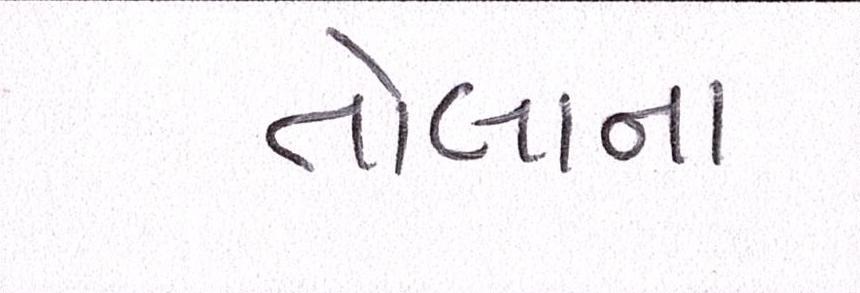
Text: તોલાના